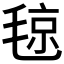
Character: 𣮘